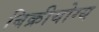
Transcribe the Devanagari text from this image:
बिक्रीयोग्य